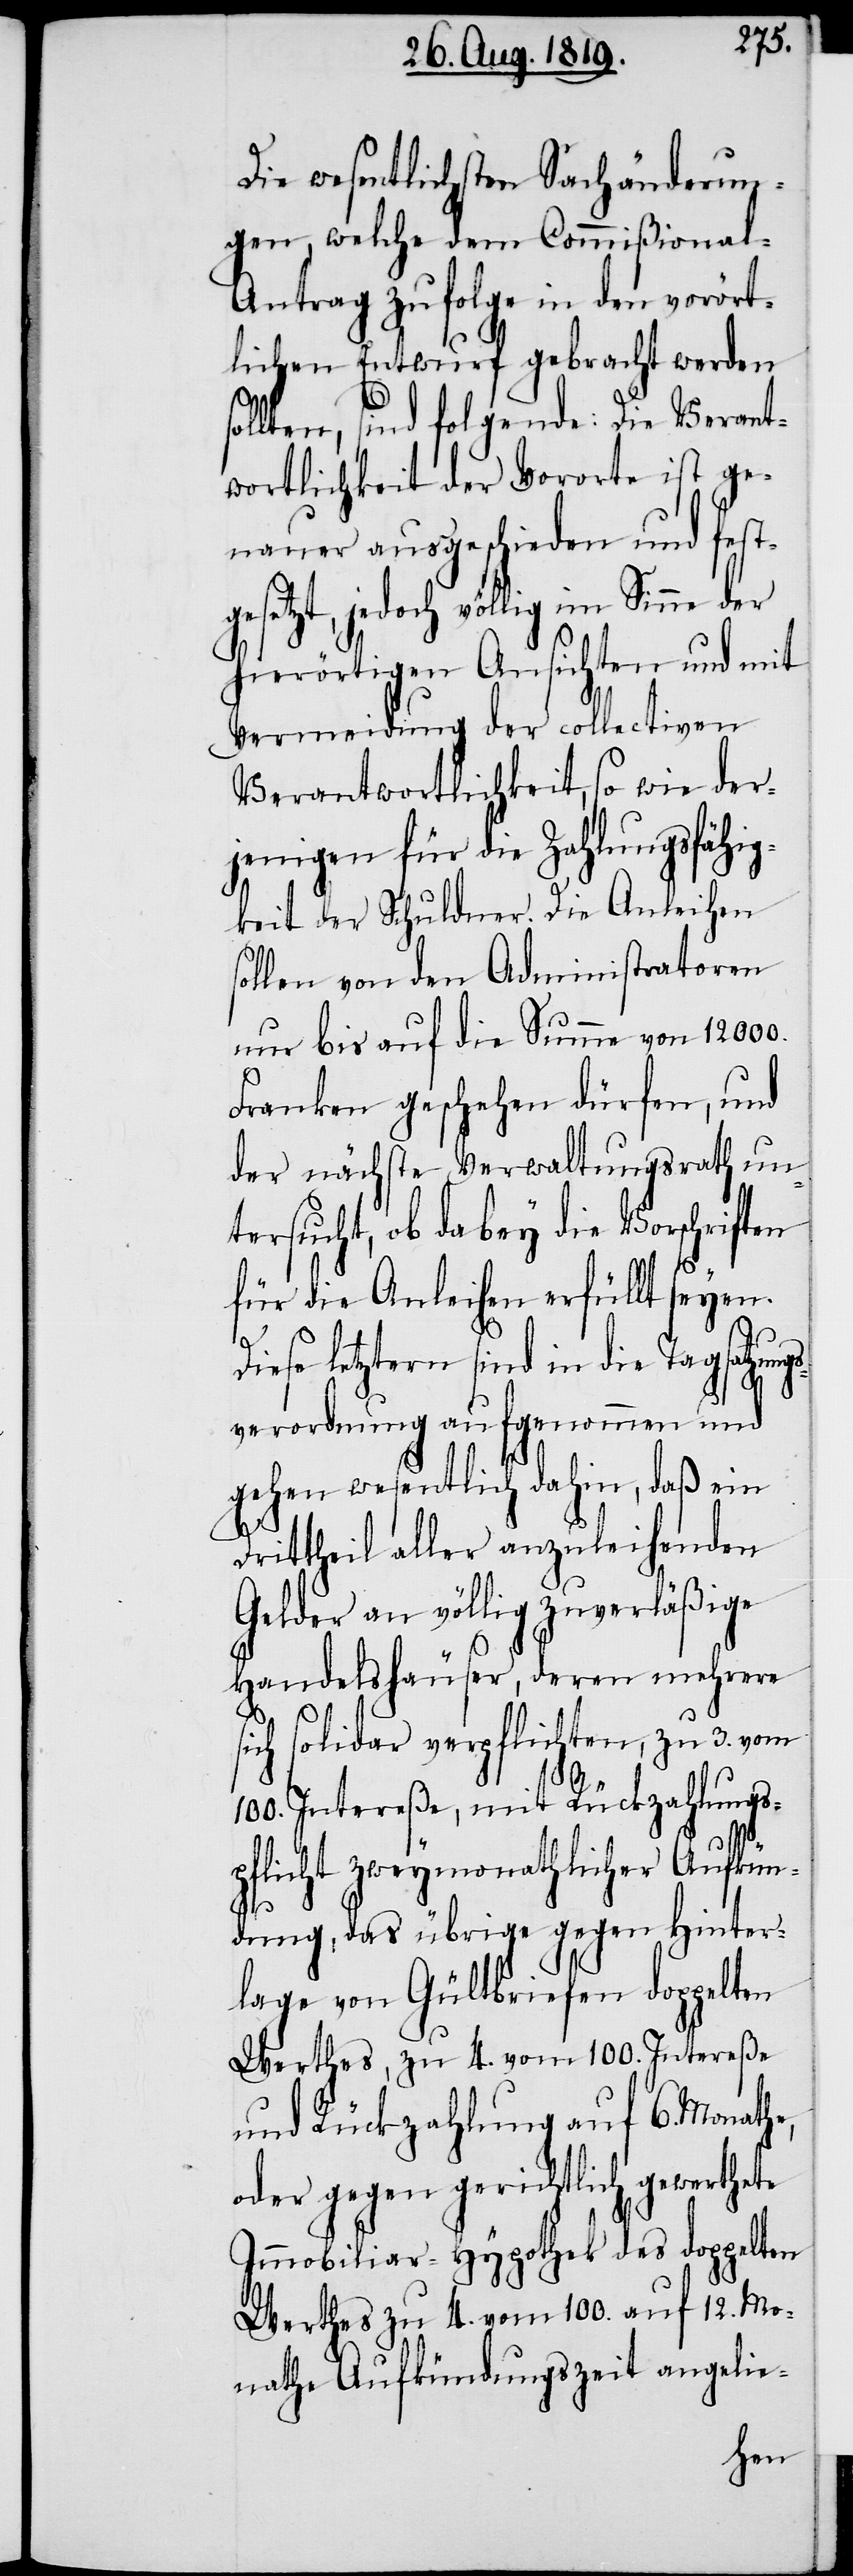
Die wesentlichsten Sachänderun¬
gen, welche dem Commißional-A¬
ntrag zufolge in den vorört¬
lichen Entwurf gebracht werden
sollten, sind folgende: Die Verant¬
wortlichkeit der Vororte ist ge¬
nauer ausgeschieden und festg¬
esetzt, jedoch völlig im Sin¬
hierörtigen Ansichten und mit
Vermeidung der collectiven
Verantwortlichkeit, so wie der¬
jenigen für die Zahlungsfähig¬
keit der Schuldner. Die Anleihen
sollen von den Administratoren
nur bis auf die Summe von 12000.
Franken geschehen dürfen, und
der nächste Verwaltungsrath un¬
tersucht, ob dabey die Vorschriften
für die Anleihen erfüllt seyen.
Diese letztern sind in die Tagsatzun¬
gsverordnung aufgenommen und
gehen wesentlich dahin, daß ein
Drittheil aller anzuleihenden
Gelder an völlig zuverläßige
Handelshäuser, deren mehrere
sich solidar verpflichten, zu 3. vom
100. Intereße, mit Rückzahlungs¬
lic¬
ht, das übrige gegen Hinter¬
lage von Gültbriefen doppelten
Werthes, zu 4. vom 100. Intereße
und Rückzahlung auf 6. Monathe,
oder gegen gerichtlich gewerthete
Immobiliar-Hypothek des doppelten
Werthes zu 4. vom 100. auf 12. Mo¬
nathe Aufkündungszeit angelie-